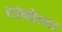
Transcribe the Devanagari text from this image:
टॉवोल्‍टा